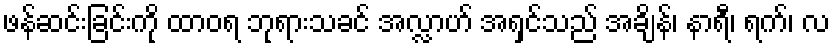
ဖန်ဆင်းခြင်းကို ထာဝရ ဘုရားသခင် အလ္လာဟ် အရှင်သည် အချိန်၊ နာရီ၊ ရက်၊ လ